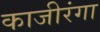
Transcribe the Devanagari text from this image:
काजीरंगा